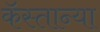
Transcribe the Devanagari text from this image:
कॅस्तान्या